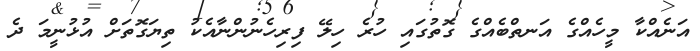
އަނެއްކާ މީހެއްގެ އަނތްބެއްގެ ގޮތުގައި ހުރެ ހިލޭ ފިރިހެނުންނާއެކު ތިޔަގޮތަށް އުޅުނީމަ ދެ